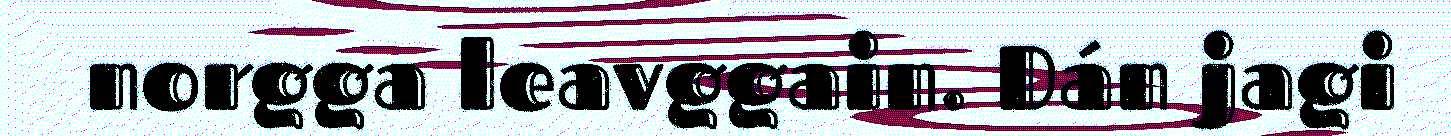
norgga leavggain. Dán jagi